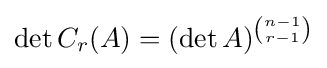
\det C_{r}(A)=(\det A)^{\binom {n-1}{r-1}}